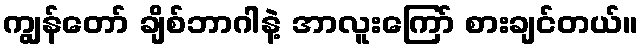
ကျွန်တော် ချိစ်ဘာဂါနဲ့ အာလူးကြော် စားချင်တယ်။